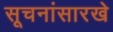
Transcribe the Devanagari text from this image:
सूचनांसारखे